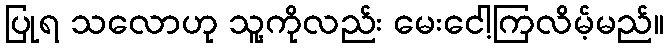
ပြုရ သလောဟု သူ့ကိုလည်း မေးငေါ့ကြလိမ့်မည်။